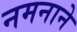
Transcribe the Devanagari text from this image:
नमनाने